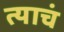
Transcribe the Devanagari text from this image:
त्‍याचं